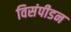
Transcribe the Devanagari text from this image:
विसंपीडन